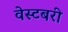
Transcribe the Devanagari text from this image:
वेस्टबरी